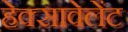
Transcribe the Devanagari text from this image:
हेक्सावेलेंट